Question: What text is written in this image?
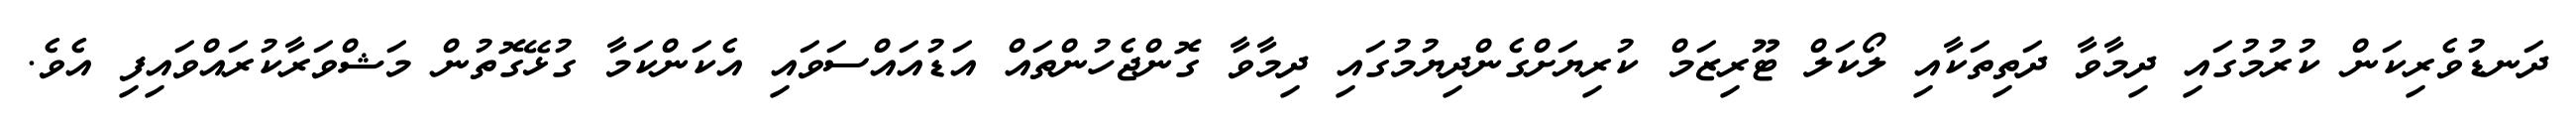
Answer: ދަނޑުވެރިކަން ކުރުމުގައި ދިމާވާ ދަތިތަކާއި ލޯކަލް ޓޫރިޒަމް ކުރިޔަށްގެންދިޔުމުގައި ދިމާވާ ގޮންޖެހުންތައް އަޑުއައްސަވައި އެކަންކަމާ ގުޅޭގޮތުން މަޝްވަރާކުރައްވައިފި އެވެ.